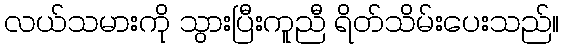
လယ်သမားကို သွားပြီးကူညီ ရိတ်သိမ်းပေးသည်။